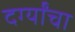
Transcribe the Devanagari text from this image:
दर्ग्यांचा